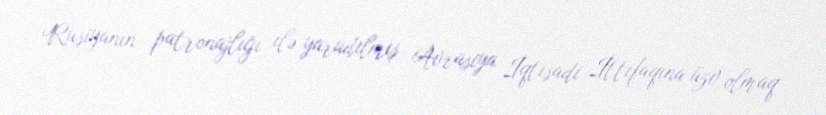
Rusiyanın patronajlığı ilə yaradılmış Avrasiya İqtisadi İttifaqına üzv olmaq